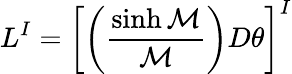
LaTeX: L^{I}=\left[\left({\frac{\sinh{\cal M}}{\cal M}}\right)D\theta\right]^{I}